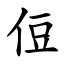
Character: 侸